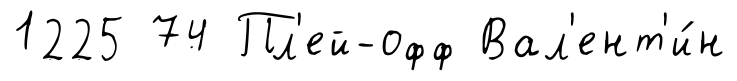
1225 74 Пл'ей-офф Вал'ент'и́н